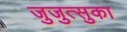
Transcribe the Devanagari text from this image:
जुजुत्सुका